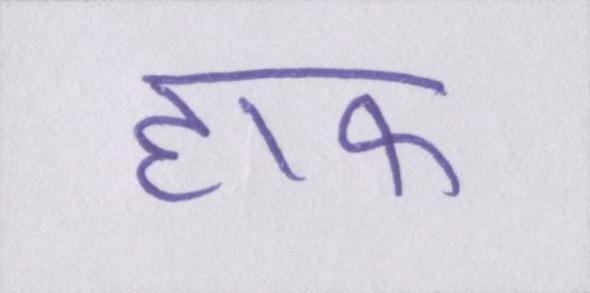
हाफ